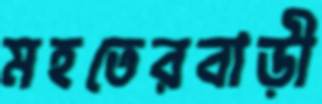
মহতেরবাড়ী